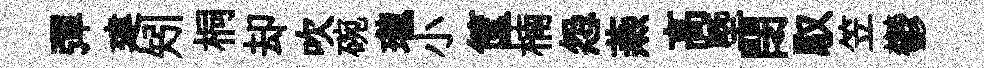
彈建矧桐却吹碗瓏小筐楠怨燕高塈閉馭笠鬱